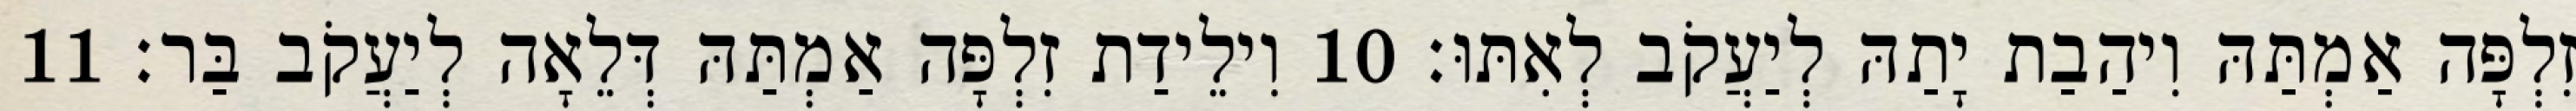
זִלְפָּה אַמְתַּהּ וִיהַבַת יָתַהּ לְיַעֲקֹב לְאִתּוּ׃ 10 וִילֵידַת זִלְפָּה אַמְתַּהּ דְּלֵאָה לְיַעֲקֹב בַּר׃ 11